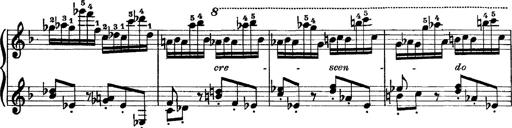
Title: Scherzo und Marsch
Composer: Franz Liszt